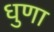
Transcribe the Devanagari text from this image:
धुणा